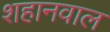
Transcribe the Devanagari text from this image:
शहानवाल